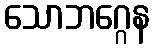
သောဘဂ္ဂေန